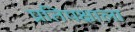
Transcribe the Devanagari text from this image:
प्रतिपक्षाला